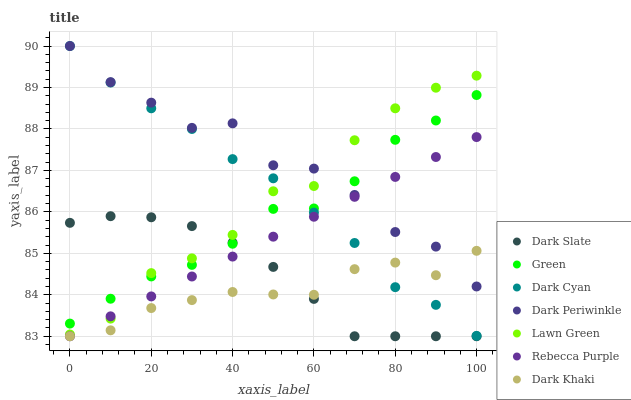
| xaxis_label | Dark Slate | Green | Dark Cyan | Dark Periwinkle | Lawn Green | Rebecca Purple | Dark Khaki |
 | --- | --- | --- | --- | --- | --- | --- | --- |
 | 0 | 85.7 | 83.3 | 90 | 90 | 83 | 83 | 83 |
 | 10 | 85.9 | 83.9 | 89.1 | 89.1 | 83.4 | 83.5 | 83.1 |
 | 20 | 85.9 | 84.4 | 88.5 | 88.6 | 84.5 | 84 | 83.7 |
 | 30 | 85.7 | 84.7 | 88 | 88 | 84.9 | 84.4 | 83.9 |
 | 40 | 85.3 | 85.2 | 87.3 | 88.1 | 85.4 | 84.9 | 84.1 |
 | 50 | 84.7 | 86.1 | 86.8 | 87.1 | 86.5 | 85.4 | 84 |
 | 60 | 83.9 | 86.1 | 86 | 87 | 86.6 | 85.9 | 84 |
 | 70 | 83 | 86.7 | 85.2 | 86.4 | 87.7 | 86.4 | 84.6 |
 | 80 | 83 | 87.7 | 84.2 | 85.5 | 88.5 | 86.8 | 84.8 |
 | 90 | 83 | 88.2 | 83.8 | 85.2 | 89 | 87.3 | 84.5 |
 | 100 | 83 | 88.8 | 83 | 84.2 | 89.3 | 87.8 | 85.1 |